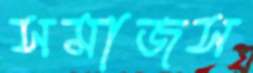
সমাজস